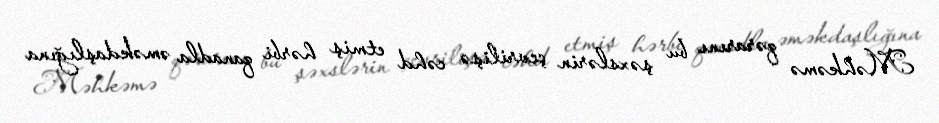
Məhkəmə qərarını bu şəxslərin çevrilişə cəhd etmiş hərbi qanadla əməkdaşlığına